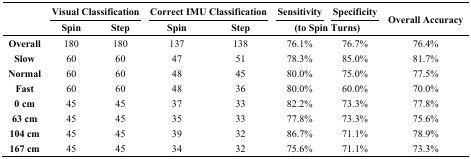
<table><thead><tr><td rowspan="2"></td><td colspan="2"><b>Visual Classification</b></td><td colspan="2"><b>Correct IMU Classification</b></td><td><b>Sensitivity</b></td><td><b>Specificity</b></td><td rowspan="2"><b>Overall Accuracy</b></td></tr><tr><td><b>Spin</b></td><td><b>Step</b></td><td><b>Spin</b></td><td><b>Step</b></td><td colspan="2"><b>(to Spin Turns)</b></td></tr></thead><tbody><tr><td><b>Overall</b></td><td>180</td><td>180</td><td>137</td><td>138</td><td>76.1%</td><td>76.7%</td><td>76.4%</td></tr><tr><td><b>Slow</b></td><td>60</td><td>60</td><td>47</td><td>51</td><td>78.3%</td><td>85.0%</td><td>81.7%</td></tr><tr><td><b>Normal</b></td><td>60</td><td>60</td><td>48</td><td>45</td><td>80.0%</td><td>75.0%</td><td>77.5%</td></tr><tr><td><b>Fast</b></td><td>60</td><td>60</td><td>48</td><td>36</td><td>80.0%</td><td>60.0%</td><td>70.0%</td></tr><tr><td><b>0 cm</b></td><td>45</td><td>45</td><td>37</td><td>33</td><td>82.2%</td><td>73.3%</td><td>77.8%</td></tr><tr><td><b>63 cm</b></td><td>45</td><td>45</td><td>35</td><td>33</td><td>77.8%</td><td>73.3%</td><td>75.6%</td></tr><tr><td><b>104 cm</b></td><td>45</td><td>45</td><td>39</td><td>32</td><td>86.7%</td><td>71.1%</td><td>78.9%</td></tr><tr><td><b>167 cm</b></td><td>45</td><td>45</td><td>34</td><td>32</td><td>75.6%</td><td>71.1%</td><td>73.3%</td></tr></tbody></table>